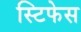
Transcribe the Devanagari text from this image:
स्टिफेस